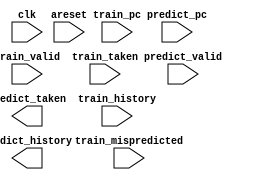
// Build a gshare branch predictor with 7-bit pc and 7-bit global history, hashed (using xor) into a 7-bit index. This index accesses a 128-entry table of two-bit saturating counters. The branch predictor should contain a 7-bit global branch history register.

// The branch predictor has two sets of interfaces: One for doing predictions and one for doing training. The prediction interface is used in the processor's Fetch stage to ask the branch predictor for branch direction predictions for the instructions being fetched. Once these branches proceed down the pipeline and are executed, the true outcomes of the branches become known. The branch predictor is then trained using the actual branch direction outcomes.

// When a branch prediction is requested (predict_valid = 1) for a given pc, the branch predictor produces the predicted branch direction and state of the branch history register used to make the prediction. The branch history register is then updated (at the next positive clock edge) for the predicted branch.

// When training for a branch is requested (train_valid = 1), the branch predictor is told the pc and branch history register value for the branch that is being trained, as well as the actual branch outcome and whether the branch was a misprediction (needing a pipeline flush). Update the pattern history table (PHT) to train the branch predictor to predict this branch more accurately next time. In addition, if the branch being trained is mispredicted, also recover the branch history register to the state immediately after the mispredicting branch completes execution.

// If training for a misprediction and a prediction (for a different, younger instruction) occurs in the same cycle, both operations will want to modify the branch history register. When this happens, training takes precedence, because the branch being predicted will be discarded anyway. If training and prediction of the same PHT entry happen at the same time, the prediction sees the PHT state before training because training only modifies the PHT at the next positive clock edge. The following timing diagram shows the timing when training and predicting PHT entry 0 at the same time. The training request at cycle 4 changes the PHT entry state in cycle 5, but the prediction request in cycle 4 outputs the PHT state at cycle 4, without considering the effect of the training request in cycle 4.

// areset is an asynchronous reset that clears the entire PHT to 2b'01 (weakly not-taken). It also clears the global history register to 0.

module top_module(
    input clk,
    input areset,

    input  predict_valid,
    input  [6:0] predict_pc,
    output predict_taken,
    output [6:0] predict_history,

    input train_valid,
    input train_taken,
    input train_mispredicted,
    input [6:0] train_history,
    input [6:0] train_pc
);

	// Insert your code here

endmodule